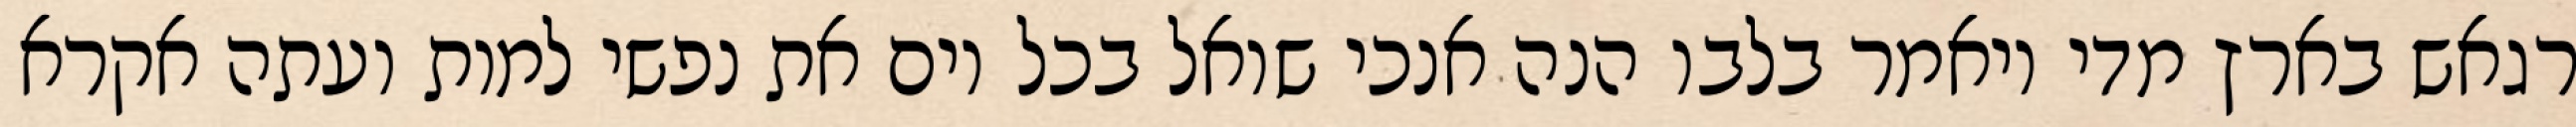
רגאש בארץ מדי ויאמר בלבו הנה אנכי שואל בכל יום את נפשי למות ועתה אקרא